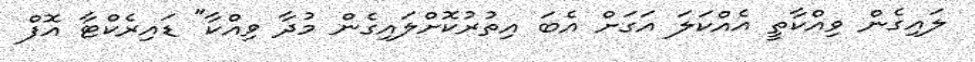
ލައިގެން ވިއްކާތީ އެއްކަލަ އަގަށް އެބަ އިތުރުކޮށްލައިގެން މުދާ ވިއްކާ" ޑައިރެކްޓާ އޮފް